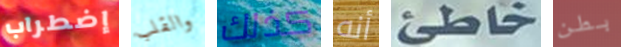
إضطراب والقلب كذلك أنه خاطئ بطن